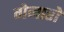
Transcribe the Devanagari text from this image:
गेनारो